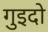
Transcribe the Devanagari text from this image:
गुइदो